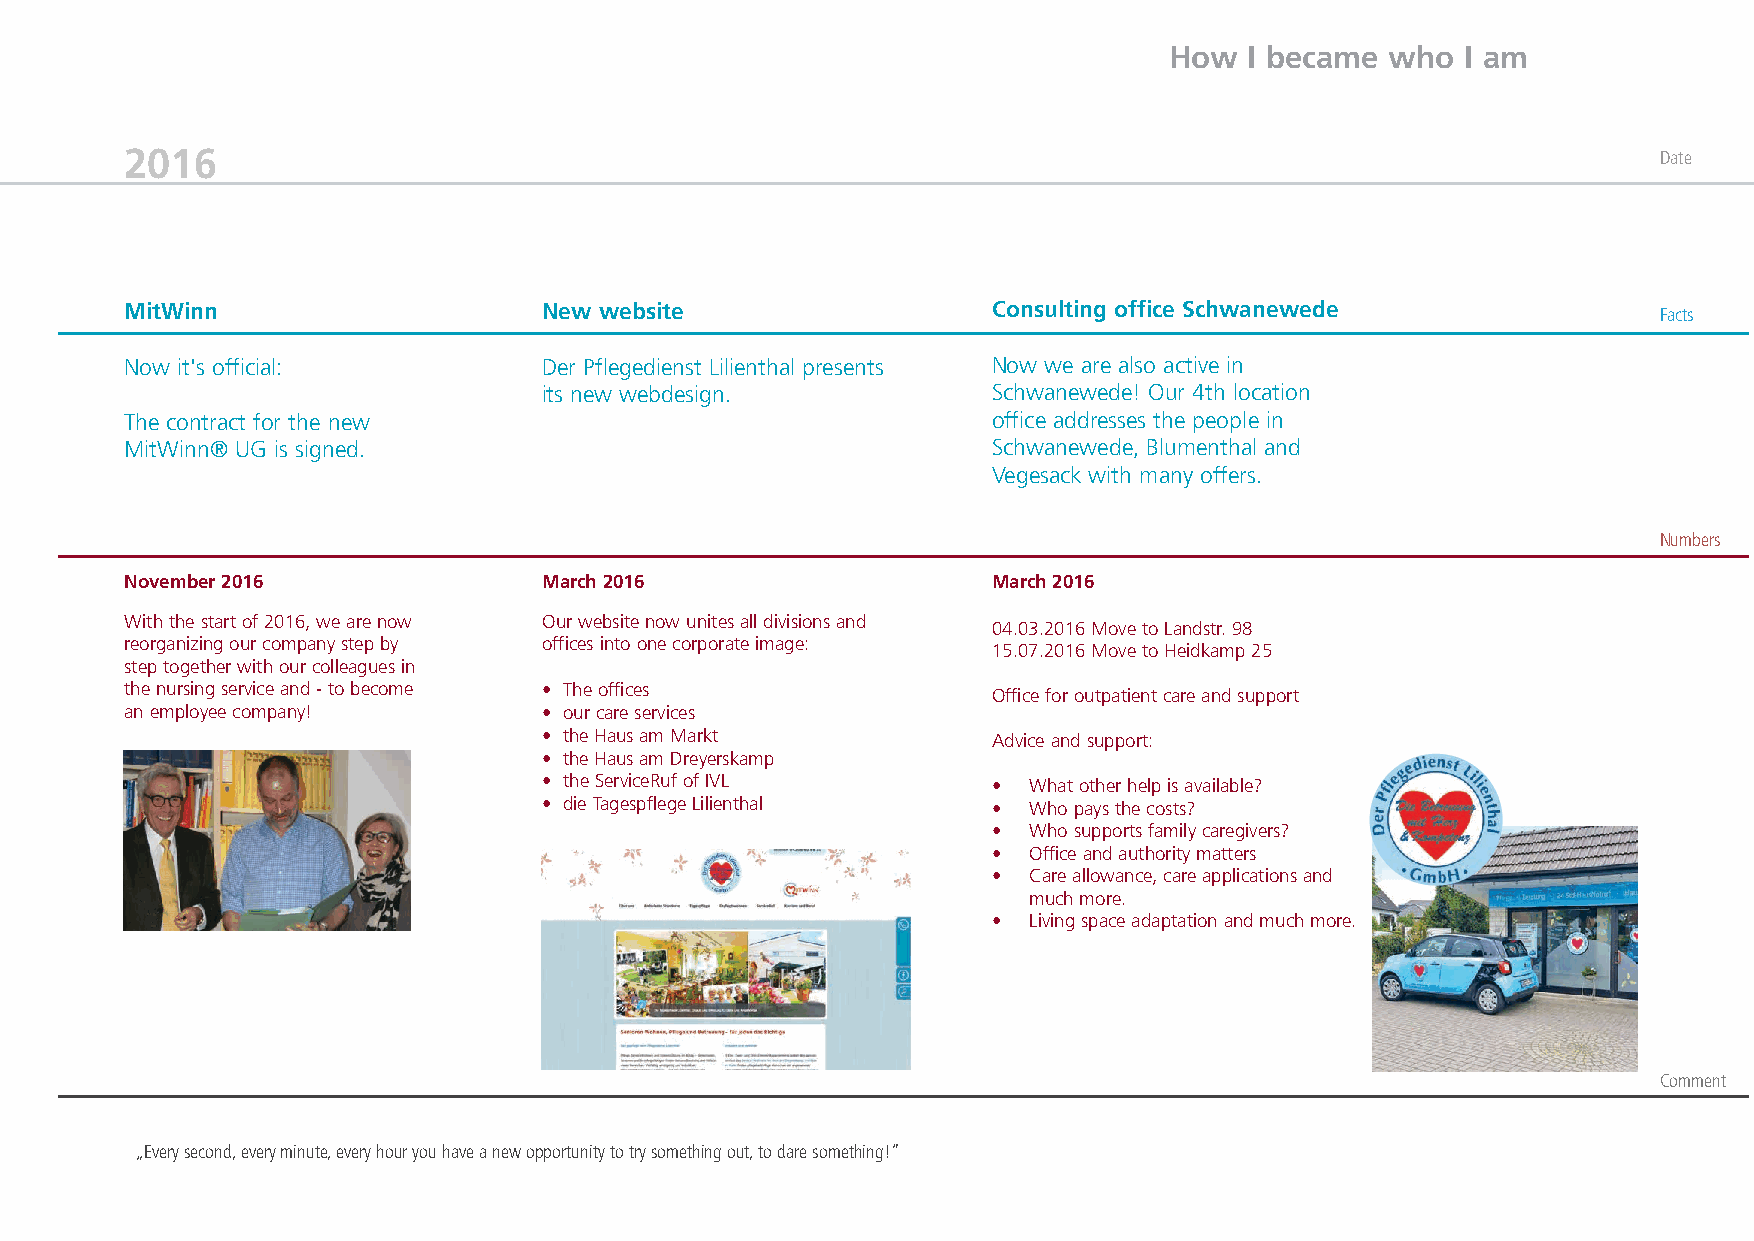
How   I became who  I am
 2016                                                                                                  Date
 MitWinn                     New website                   Consulting office Schwanewede               Facts
 Now it's official:          Der Pflegedienst Lilienthal presents Now we are also active in
 its new webdesign.            Schwanewede! Our 4th location
 The contract for the new                                  office addresses the people in
 MitWinn® UG is signed.                                    Schwanewede, Blumenthal and
 Vegesack with many offers.
 Numbers
 November 2016               March 2016                    March 2016
 With the start of 2016, we are now Our website now unites all divisions and
 04.03.2016 Move to Landstr. 98
 reorganizing our company step by offices into one corporate image:
 15.07.2016 Move to Heidkamp 25
 step together with our colleagues in
 the nursing service and - to become • The offices
 Office for outpatient care and support
 an employee company!        • our care services
 • the Haus am Markt           Advice and support:
 • the Haus am Dreyerskamp
 • the ServiceRuf of IVL       • What other help is available?
 • die Tagespflege Lilienthal  • Who pays the costs?
 • Who supports family caregivers?
 • Office and authority matters
 • Care allowance, care applications and
 much more.
 • Living space adaptation and much more.
 Comment
 „Every second, every minute, every hour you have a new opportunity to try something out, to dare something!”